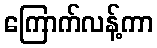
ကြောက်လန့်ကာ